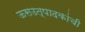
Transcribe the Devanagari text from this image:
ऊसउत्पादकांची